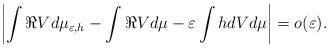
LaTeX: \begin{align*} \left| \int \Re V d\mu_{\varepsilon,h} -\int \Re V d\mu - \varepsilon \int hdV d\mu \right|= o(\varepsilon). \end{align*}